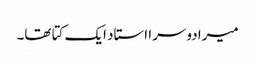
میرا دوسرا استاد ایک کتا تھا۔